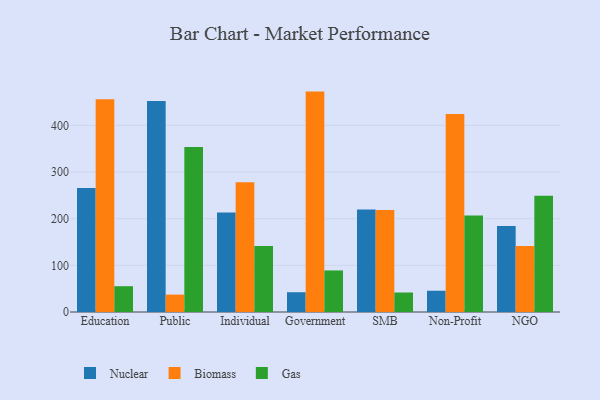
{"axis": {"x": "Segment", "y": "Population (Million)"}, "legend": ["Biomass", "Gas", "Nuclear"], "data": [{"x": "Education", "y": 265.6, "type": "Nuclear"}, {"x": "Education", "y": 456.1, "type": "Biomass"}, {"x": "Education", "y": 55.3, "type": "Gas"}, {"x": "Public", "y": 452.1, "type": "Nuclear"}, {"x": "Public", "y": 37.3, "type": "Biomass"}, {"x": "Public", "y": 353.6, "type": "Gas"}, {"x": "Individual", "y": 213.1, "type": "Nuclear"}, {"x": "Individual", "y": 278.0, "type": "Biomass"}, {"x": "Individual", "y": 141.2, "type": "Gas"}, {"x": "Government", "y": 42.4, "type": "Nuclear"}, {"x": "Government", "y": 472.4, "type": "Biomass"}, {"x": "Government", "y": 89.1, "type": "Gas"}, {"x": "SMB", "y": 219.6, "type": "Nuclear"}, {"x": "SMB", "y": 218.8, "type": "Biomass"}, {"x": "SMB", "y": 41.8, "type": "Gas"}, {"x": "Non-Profit", "y": 45.6, "type": "Nuclear"}, {"x": "Non-Profit", "y": 424.4, "type": "Biomass"}, {"x": "Non-Profit", "y": 206.8, "type": "Gas"}, {"x": "NGO", "y": 184.3, "type": "Nuclear"}, {"x": "NGO", "y": 141.6, "type": "Biomass"}, {"x": "NGO", "y": 249.4, "type": "Gas"}]}